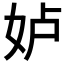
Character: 𱙋